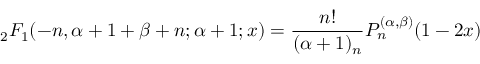
{ } _ { 2 } F _ { 1 } ( - n , \alpha + 1 + \beta + n ; \alpha + 1 ; x ) = { \frac { n ! } { ( \alpha + 1 ) _ { n } } } P _ { n } ^ { ( \alpha , \beta ) } ( 1 - 2 x )